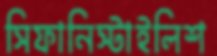
সিফানিস্টাইলিশ